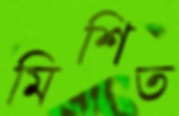
মিশিত